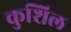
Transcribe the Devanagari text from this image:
कुशिल